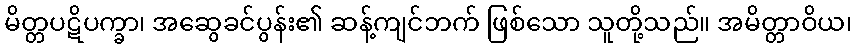
မိတ္တပဋိပက္ခာ၊ အဆွေခင်ပွန်း၏ ဆန့်ကျင်ဘက် ဖြစ်သော သူတို့သည်။ အမိတ္တာဝိယ၊